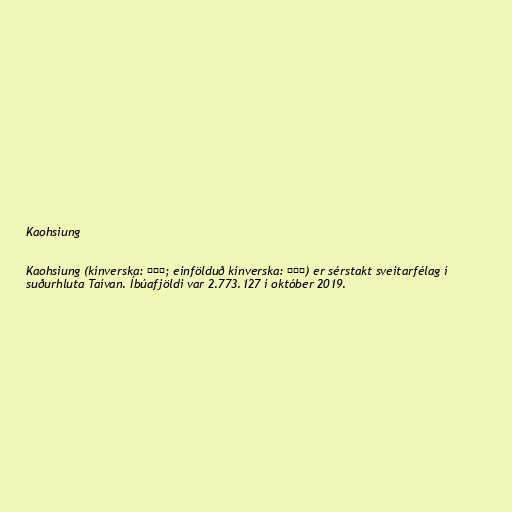
Kaohsiung

Kaohsiung (kínverska: 高雄市; einfölduð kínverska: 高雄市) er sérstakt sveitarfélag í
suðurhluta Taívan. Íbúafjöldi var 2.773.127 í október 2019.